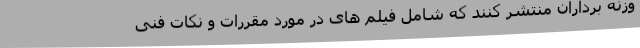
وزنه برداران منتشر کنند که شامل فیلم های در مورد مقررات و نکات فنی